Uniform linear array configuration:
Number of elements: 24
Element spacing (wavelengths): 0.75
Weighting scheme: hann
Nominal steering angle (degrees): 30
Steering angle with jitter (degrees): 30.581
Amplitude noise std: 0.05
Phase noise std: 0.05

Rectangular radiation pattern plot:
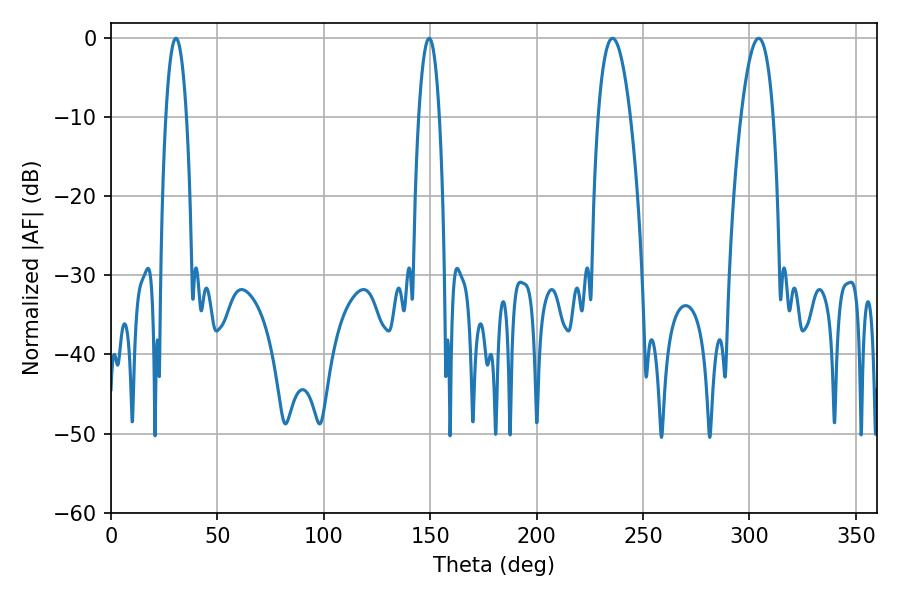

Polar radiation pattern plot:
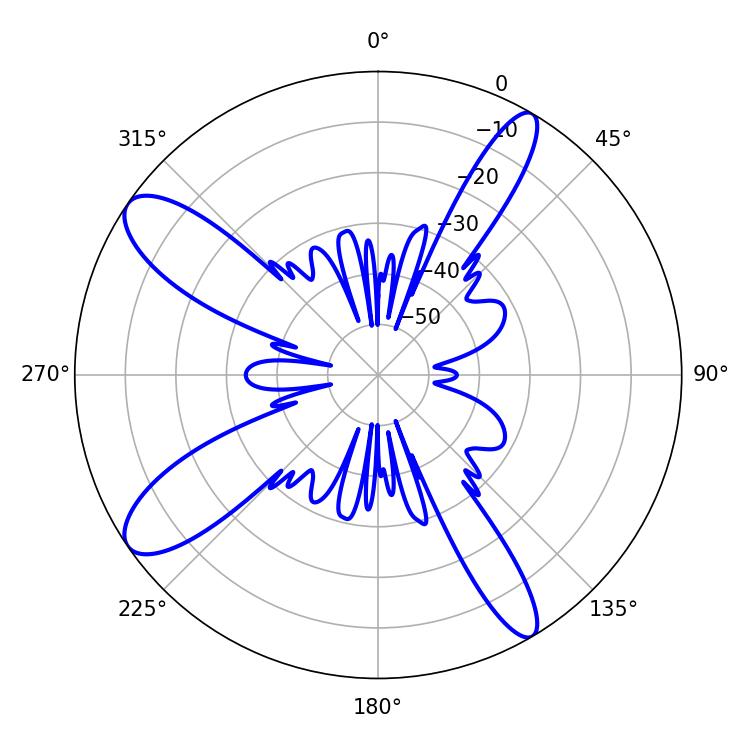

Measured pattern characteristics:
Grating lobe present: TRUE
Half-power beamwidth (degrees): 8.46
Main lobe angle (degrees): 304.38